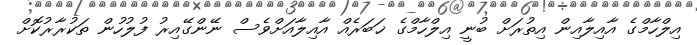
އިލްހާމްގެ އާއިލާއިން އިތުރަށް ބުނީ އިލްހާމްގެ ޚަބަރެއް އާއިލާއަށްވެސް ނޭންގޭއިރު ފުލުހުން ތަކުރާރުކޮށް